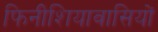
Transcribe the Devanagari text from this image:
फिनीशियावासियों